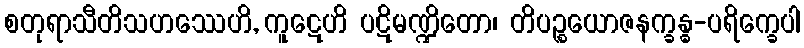
စတုရာသီတိသဟဿေဟိ, ကူဋေဟိ ပဋိမဏ္ဍိတော၊ တိပဉ္စယောဇနက္ခန္ဓ-ပရိက္ခေပါ